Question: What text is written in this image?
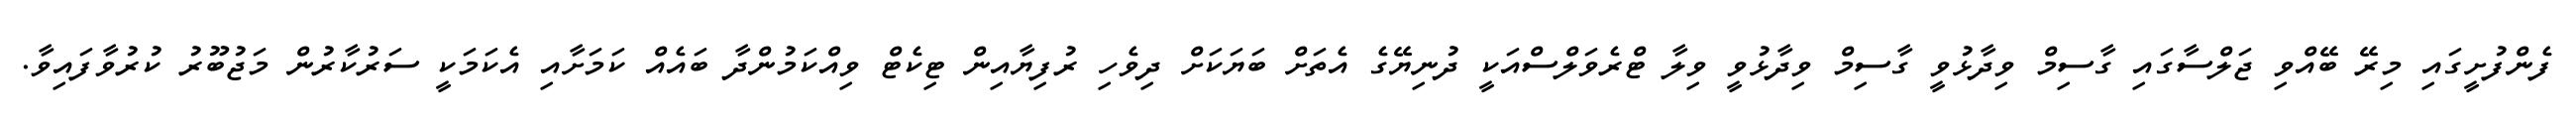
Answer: ފެންފުށީގައި މިރޭ ބޭއްވި ޖަލްސާގައި ގާސިމް ވިދާޅުވީ ގާސިމް ވިދާޅުވީ ވިލާ ޓްރެވަލްސްއަކީ ދުނިޔޭގެ އެތަށް ބަޔަކަށް ދިވެހި ރުފިޔާއިން ޓިކެޓް ވިއްކަމުންދާ ބައެއް ކަމަށާއި އެކަމަކީ ސަރުކާރުން މަޖުބޫރު ކުރުވާފައިވާ.